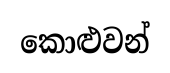
කොළුවන්